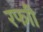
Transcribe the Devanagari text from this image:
रफाी